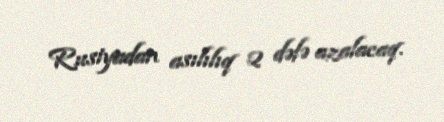
Rusiyadan asılılıq 2 dəfə azalacaq.